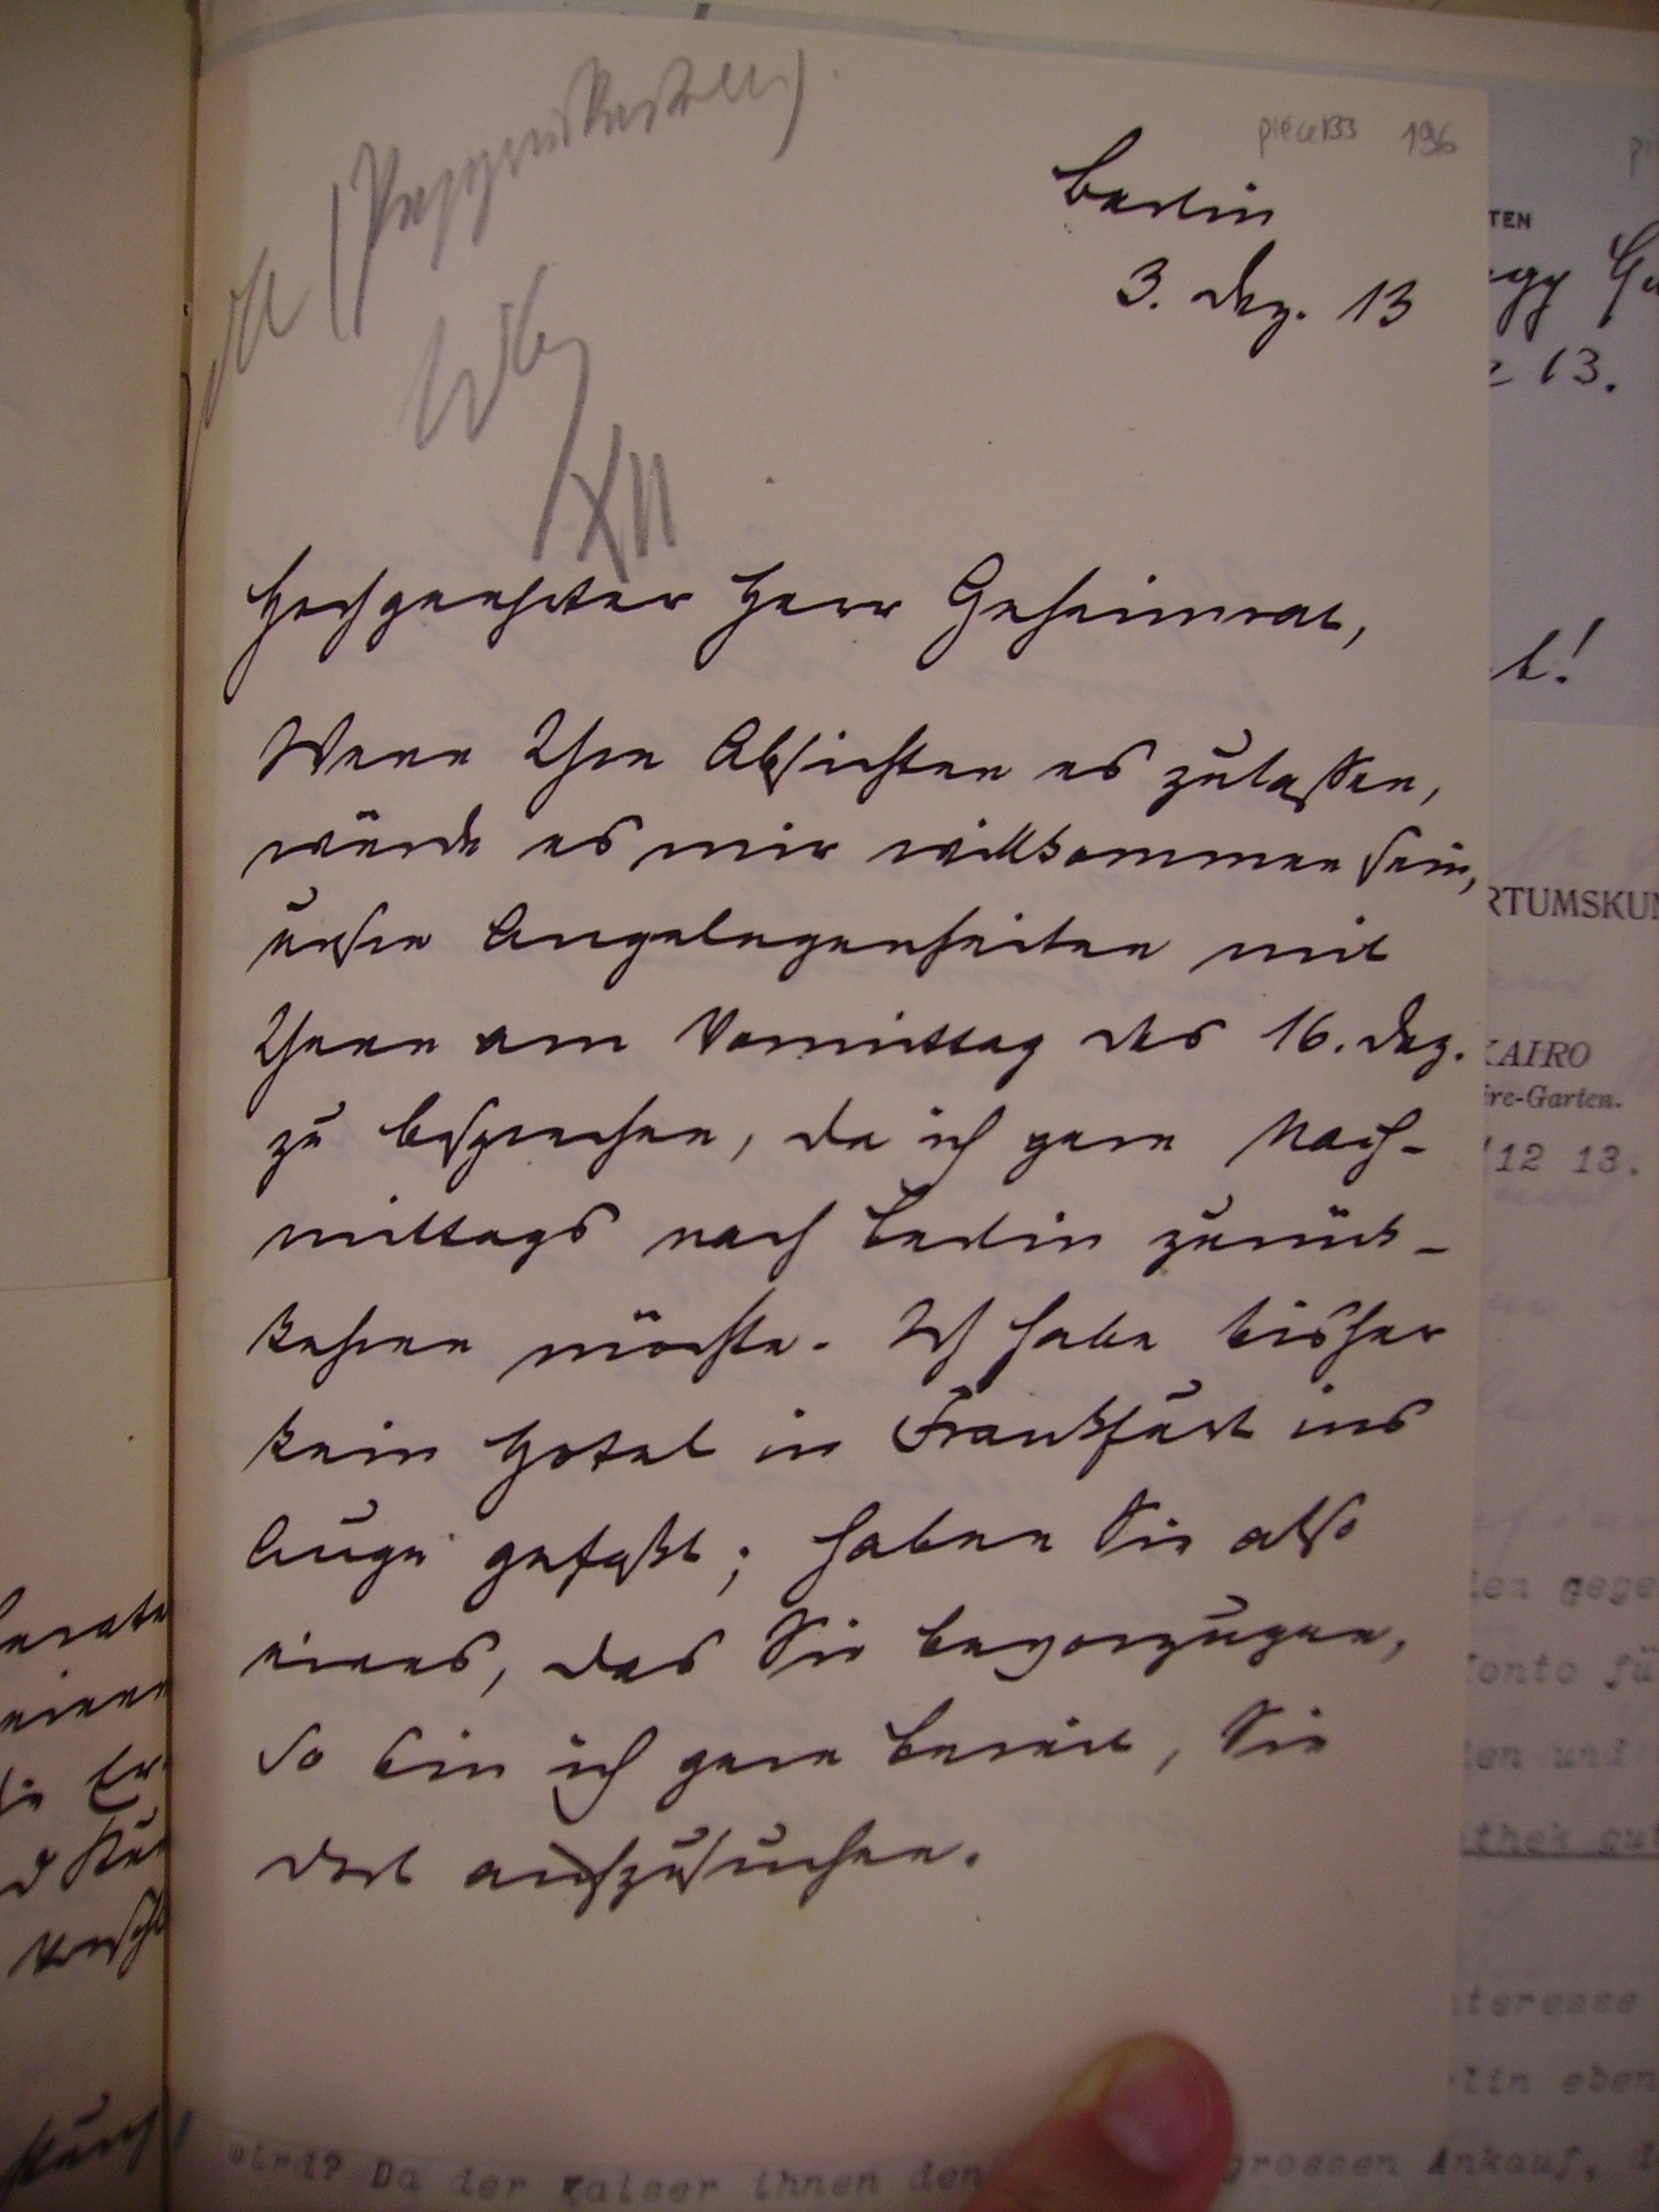
Berlin
3. Dez. 13

Hochgeehrter Herr Geheimrat,
Wenn Ihre Absichten es zulaßen,
würde es mir willkommen sein,
unsre Angelegenheiten mit
Ihnen am Vormittag des 16. Dez.
zu besprechen, da ich gern Nach¬
mittags nach Berlin zurück¬
kehren möchte. Ich habe bisher
kein Hotel in Frankfurt ins
Auge gefaßt; haben sie also
eines, das sie bevorzugen,
so bin ich gern bereit, sie
dort aufzusuchen.